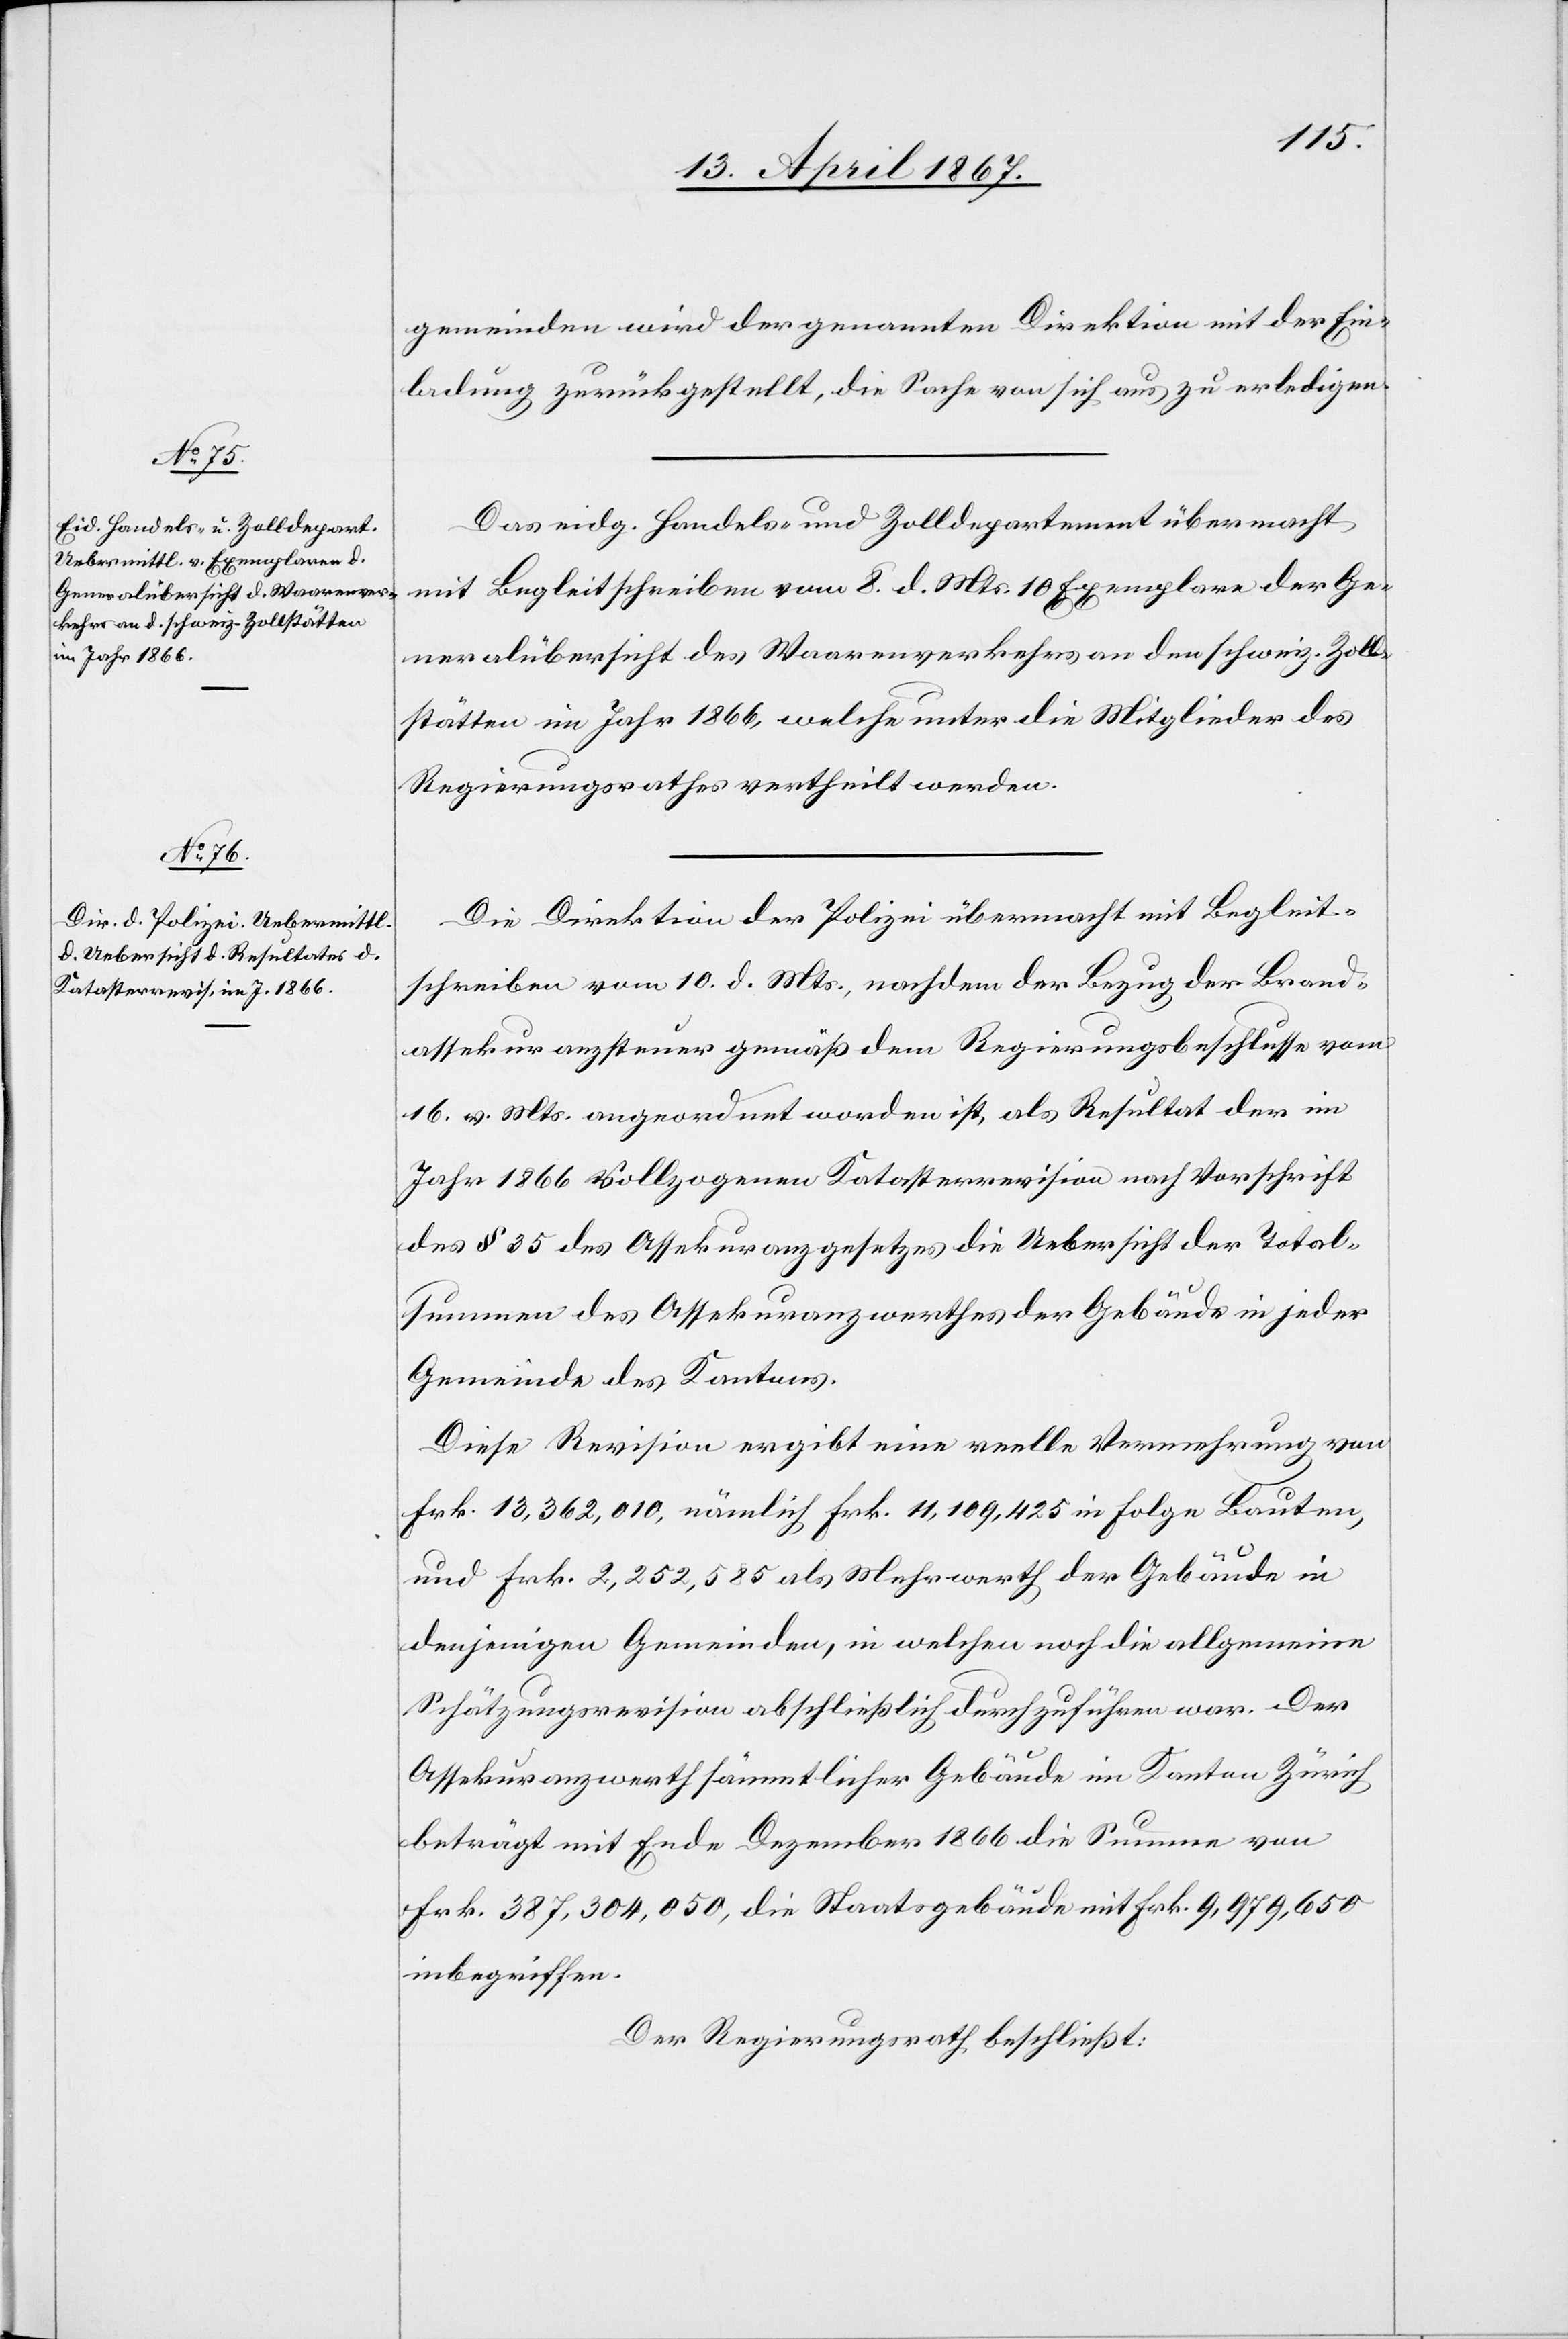
gemeinden wird der genannten Direktion mit der Ein¬
ladung zurückgestellt, die Sache von sich aus zu erledigen.
Das eidg. Handels- und Zolldepartement übermacht
mit Begleitschreiben vom 8. d. Mts. 10 Exemplare der Ge¬
neralübersicht des Waarenverkehrs an den schweiz. Zoll¬
stätten im Jahr 1866, welche unter die Mitglieder des
Regierungsrathes vertheilt werden.
Die Direktion der Polizei übermacht mit Begleit¬
schreiben vom 10. d. Mts., nachdem der Bezug der Brand¬
assekuranzsteuer gemäß dem Regierungsbeschlusse vom
16. v. Mts. angeordnet worden ist, als Resultat der im
Jahr 1866 vollzogenen Katasterrevision nach Vorschrift
des § 35 des Assekuranzgesetzes die Uebersicht der Total¬
summen des Assekuranzwerthes der Gebäude in jeder
Gemeinde des Kantons.
Diese Revision ergibt eine reelle Vermehrung von
Frk. 13,362.010. nämlich Frk. 11,109,425 in Folge Bauten,
und Frk. 2,252,585 als Mehrwerth der Gebäude in
denjenigen Gemeinden, in welchen noch die allgemeine
Schätzungsrevision abschließlich durchzuführen war. Der
Assekuranzwerth sämmtlicher Gebäude im Kanton Zürich
beträgt mit Ende Dezember 1866 die Summe von
Frk. 387,304,050, die Staatsgebäude mit Frk. 9,979,650
inbegriffen.
Der Regierungsrath beschließt: